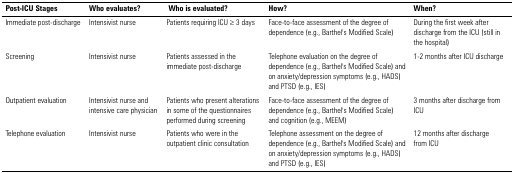
<table><thead><tr><td><b>Post-ICU Stages</b></td><td><b>Who evaluates?</b></td><td><b> Who is evaluated?</b></td><td><b>How?</b></td><td><b>When?</b></td></tr></thead><tbody><tr><td>Immediate post-discharge</td><td>Intensivist nurse</td><td>Patients requiring ICU ≥ 3days</td><td>Face-to-face assessment of the degree ofdependence (e.g., Barthel&#x27;s Modified Scale)</td><td>During the first week after discharge fromthe ICU (still in the hospital)</td></tr><tr><td>Screening</td><td>Intensivist nurse</td><td>Patients assessed in the immediatepost-discharge</td><td>Telephone evaluation on the degree ofdependence (e.g., Barthel&#x27;s Modified Scale) and onanxiety/depression symptoms (e.g., HADS) and PTSD (e.g., IES)</td><td>1-2 months after ICU discharge</td></tr><tr><td>Outpatient evaluation</td><td>Intensivist nurse and intensive carephysician</td><td>Patients who present alterations in someof the questionnaires performed during screening</td><td>Face-to-face assessment of the degree ofdependence (e.g., Barthel&#x27;s Modified Scale) and cognition (e.g.,MEEM)</td><td>3 months after discharge from ICU</td></tr><tr><td>Telephone evaluation</td><td>Intensivist nurse</td><td>Patients who were in the outpatient clinicconsultation</td><td>Telephone assessment on the degree ofdependence (e.g., Barthel&#x27;s Modified Scale) and onanxiety/depression symptoms (e.g., HADS) and PTSD (e.g., IES)</td><td>12 months after discharge from ICU</td></tr></tbody></table>